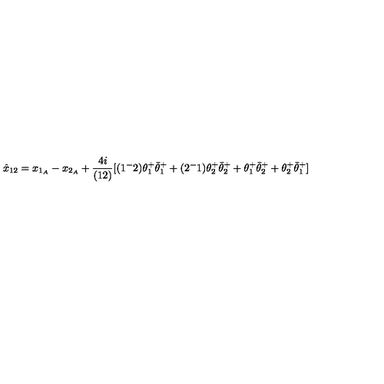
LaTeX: \hat { x } _ { 1 2 } = x _ { 1 _ { A } } - x _ { 2 _ { A } } + { \frac { 4 i } { ( 1 2 ) } } [ ( 1 ^ { - } 2 ) \theta _ { 1 } ^ { + } \bar { \theta } _ { 1 } ^ { + } + ( 2 ^ { - } 1 ) \theta _ { 2 } ^ { + } \bar { \theta } _ { 2 } ^ { + } + \theta _ { 1 } ^ { + } \bar { \theta } _ { 2 } ^ { + } + \theta _ { 2 } ^ { + } \bar { \theta } _ { 1 } ^ { + } ]